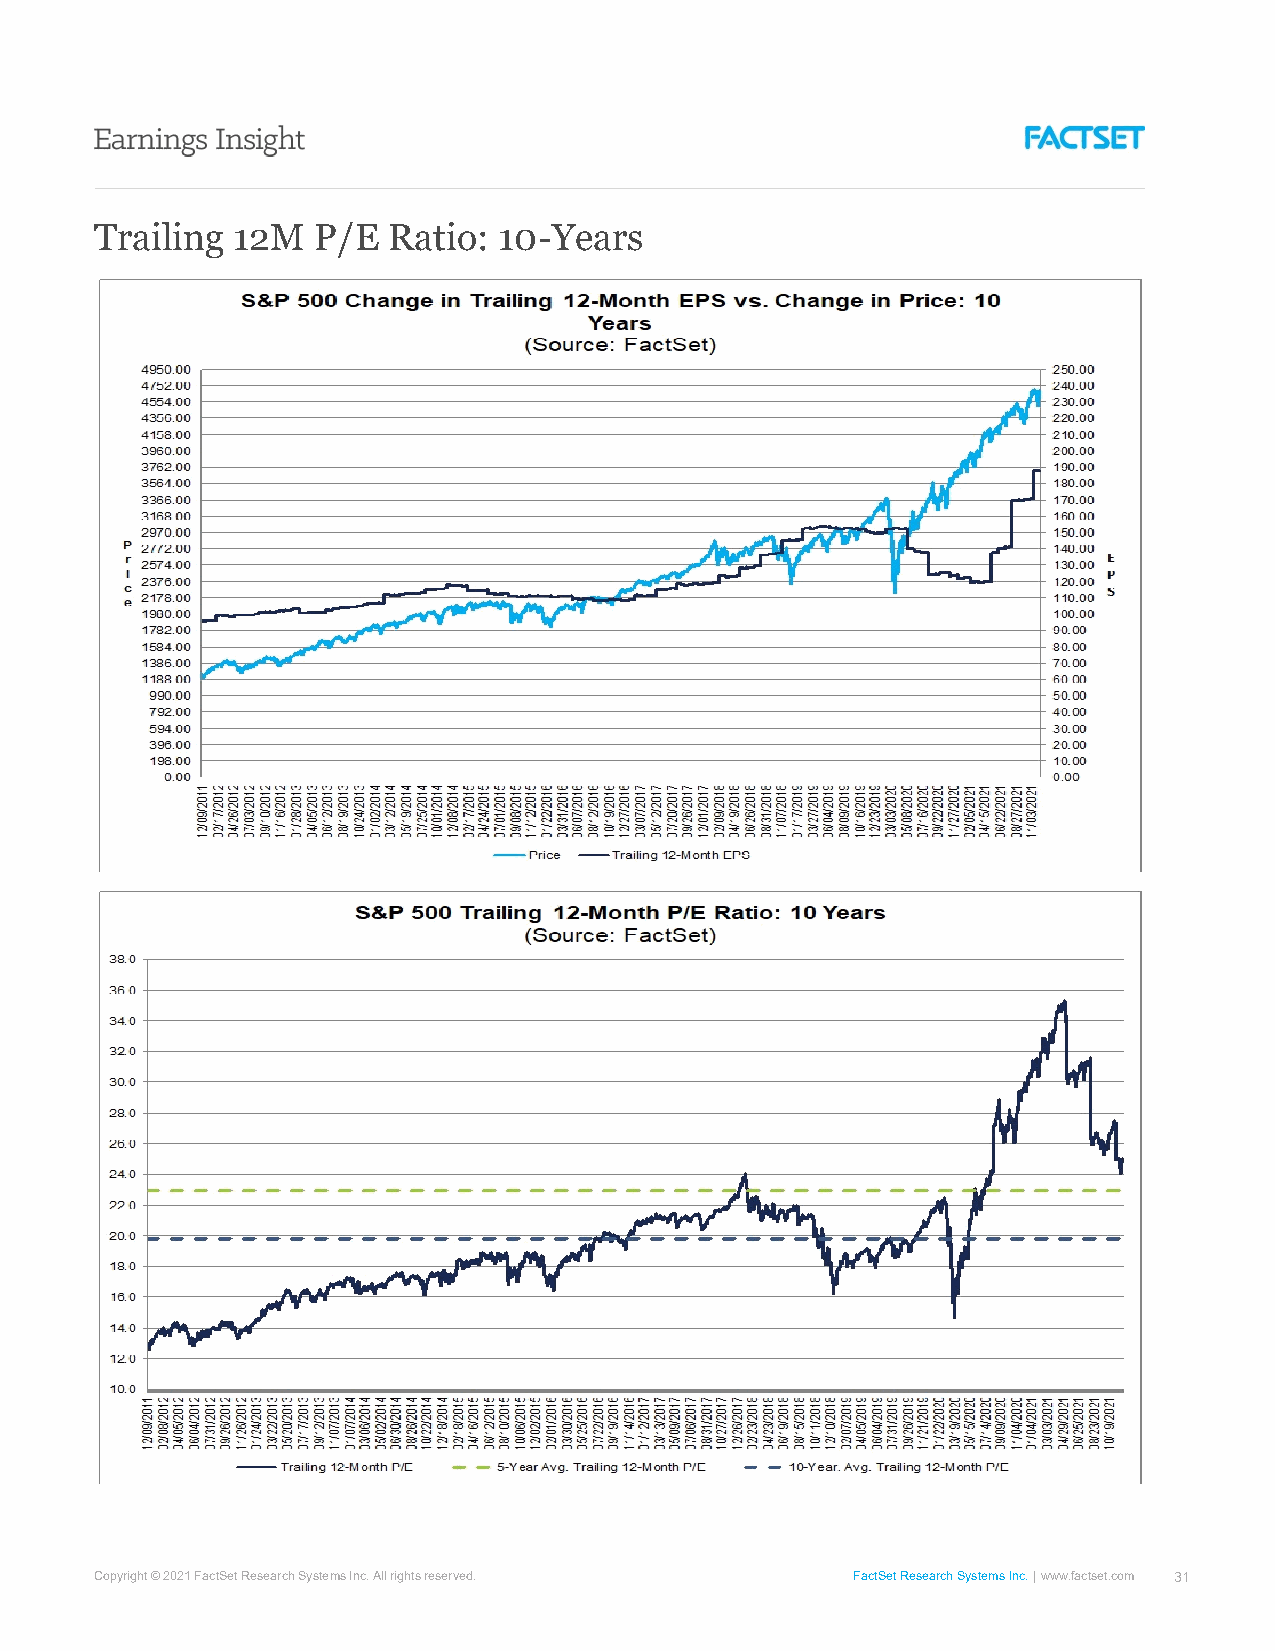
Trailing  12M  P/E  Ratio: 10-Years
 Copyright © 2021 FactSet Research Systems Inc. All rights reserved. FactSet Research Systems Inc. www.factset.com 31